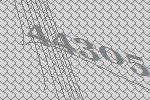
44305